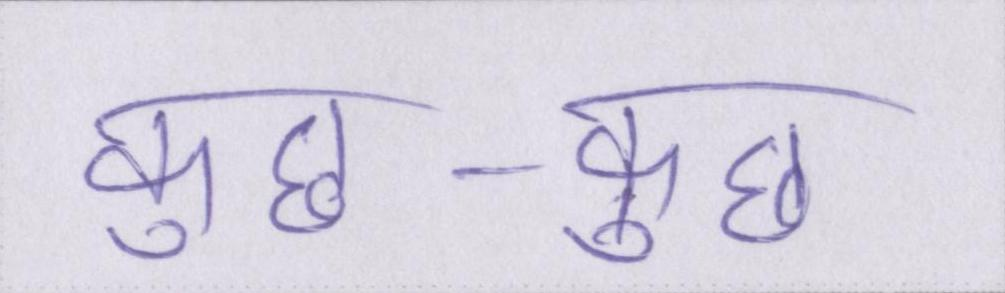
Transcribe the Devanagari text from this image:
कुछ-कुछ